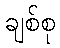
ချစ်စု